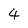
Character: 4